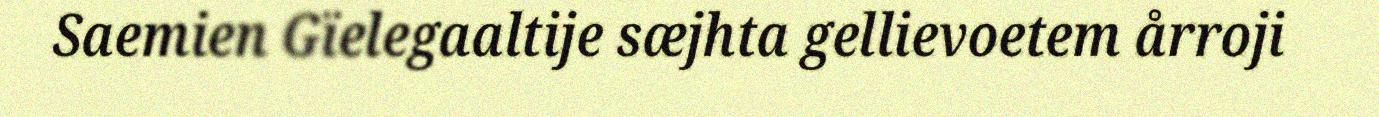
Saemien Gïelegaaltije sæjhta gellievoetem årroji